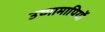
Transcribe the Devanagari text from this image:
उष्मामापियों